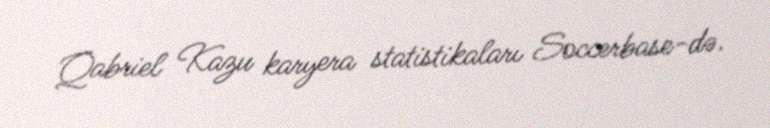
Qabriel Kazu karyera statistikaları Soccerbase-də.